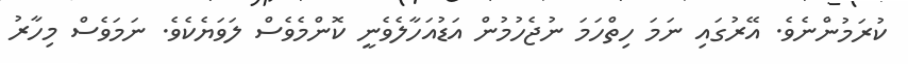
ކުރަމުންނެވެ. އޭރުގައި ނަމަ ހިތްހަމަ ނުޖެހުމުން އަޑުއަހާލެވެނީ ކޮންމެވެސް ލަވަޔެކެވެ. ނަމަވެސް މިހާރު